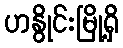
ဟနွိုင်းမြို့ရှိ